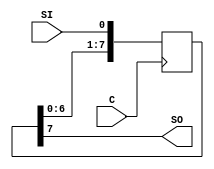
`timescale 1ns / 1ps
//////////////////////////////////////////////////////////////////////////////////
// Company: 
// Engineer: 
// 
// Design Name: 
// Module Name: shift
// Project Name: 
// Target Devices: 
// Tool Versions: 
// Description: 
// 
// Dependencies: 
// 
// Revision:
// Revision 0.01 - File Created
// Additional Comments:
// 
//////////////////////////////////////////////////////////////////////////////////
module shift (C, SI, SO); 
input C,SI; 
output SO; 
reg [7:0] tmp; 
 
  always @(posedge C) 
    begin 
      tmp = tmp << 1; 
      tmp[0] = SI; 
    end 
    assign SO  = tmp[7]; 
endmodule